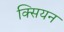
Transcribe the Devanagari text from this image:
क्सियन